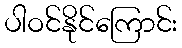
ပါဝင်နိုင်ကြောင်း